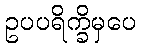
ဥပပရိက္ခိမှပေ